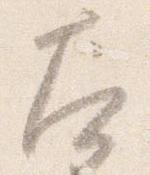
左